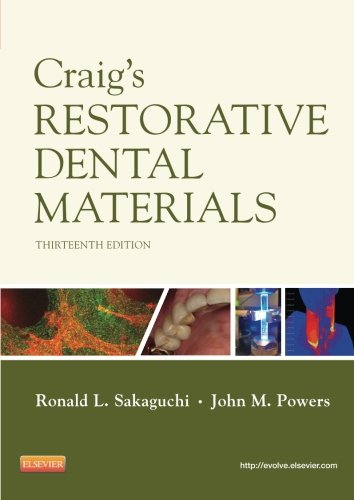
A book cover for Craig's Restorative Dental Materials, 13e (Dental Materials: Properties & Manipulation (Craig)); Ronald L. Sakaguchi DDS  PhD  MS  MBA; Medical Books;